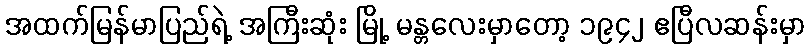
အထက်မြန်မာပြည်ရဲ့ အကြီးဆုံး မြို့ မန္တလေးမှာတော့ ၁၉၄၂ ဧပြီလဆန်းမှာ